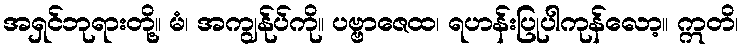
အရှင်ဘုရားတို့။ မံ၊ အကျွန်ုပ်ကို။ ပဗ္ဗာဇေထ၊ ရဟန်းပြုပါကုန်လော့။ ဣတိ၊